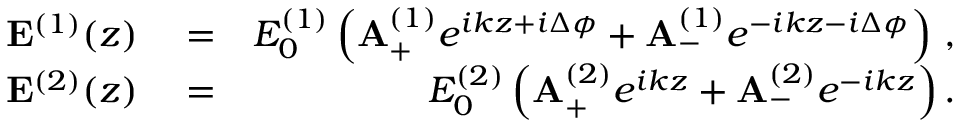
\begin{array} { r l r } { { \bf E } ^ { ( 1 ) } ( z ) } & { { } = } & { E _ { 0 } ^ { ( 1 ) } \left( { \bf A } _ { + } ^ { ( 1 ) } e ^ { i k z + i \Delta \phi } + { \bf A } _ { - } ^ { ( 1 ) } e ^ { - i k z - i \Delta \phi } \right) \, , } \\ { { \bf E } ^ { ( 2 ) } ( z ) } & { { } = } & { E _ { 0 } ^ { ( 2 ) } \left( { \bf A } _ { + } ^ { ( 2 ) } e ^ { i k z } + { \bf A } _ { - } ^ { ( 2 ) } e ^ { - i k z } \right) . } \end{array}